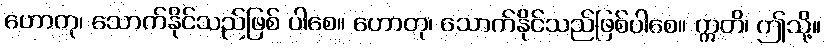
ဟောတု၊ သောက်နိုင်သည်ဖြစ် ပါစေ။ ဟောတု၊ သောက်နိုင်သည်ဖြစ်ပါစေ။ ဣတိ၊ ဤသို့။